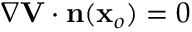
\nabla { \bf V } \cdot { \bf n } ( { \bf x } _ { o } ) = 0